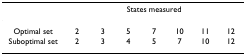
|  | <COLSPAN=7> States measured |
 | --- | --- | --- | --- | --- | --- | --- | --- |
 | Optimal set | 2 | 3 | 5 | 7 | 10 | 11 | 12 |
 | Suboptimal set | 2 | 3 | 4 | 5 | 7 | 10 | 12 |